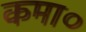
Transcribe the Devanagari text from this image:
कमा०